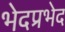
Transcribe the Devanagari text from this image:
भेदप्रभेद